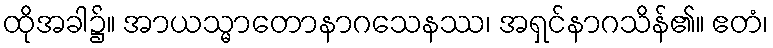
ထိုအခါ၌။ အာယသ္မာတောနာဂသေနဿ၊ အရှင်နာဂသိန်၏။ ဧတံ၊